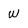
Character: W